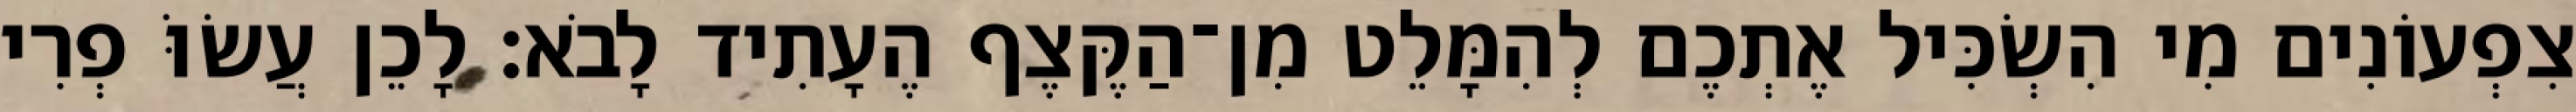
צִפְעוֹנִים מִי הִשְׂכִּיל אֶתְכֶם לְהִמָּלֵט מִן־הַקֶּצֶף הֶעָתִיד לָבֹא׃ לָכֵן עֲשׂוֹּ פְרִי